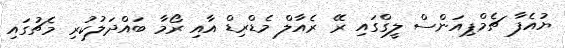
ޔުއެފާ ޗެމްޕިއަންސް ލީގްގައި ރޭ ރެއާލް މެޑްރިޑް އާއި ރޯމާ ބައްދަލުކުރި މެޗުގައި